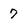
Character: 7